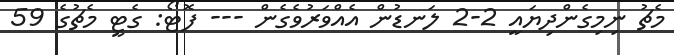
މެޗު ނިމިގެންދިޔައީ 2-2 ލަނޑުން އެއްވަރުވެގެން --- ފޮޓޯ: ގެޓީ މެޗުގެ 59